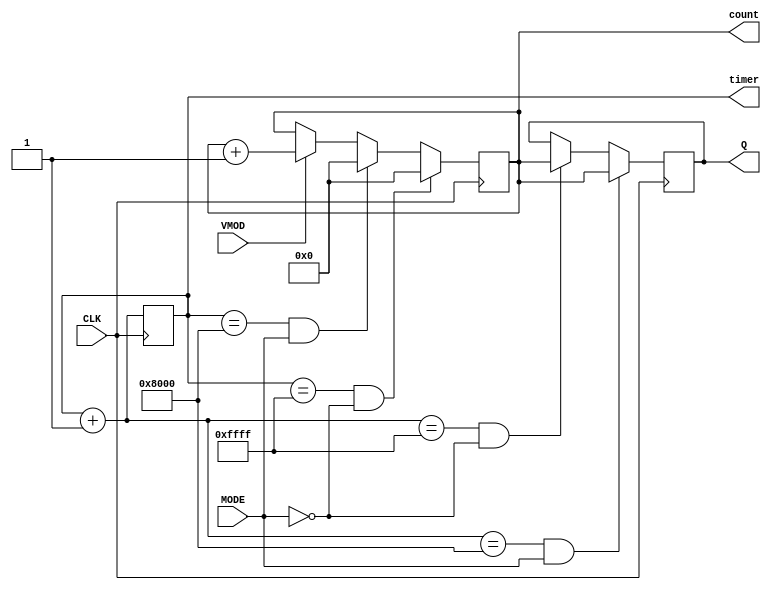
`timescale 1ns / 1ps
//////////////////////////////////////////////////////////////////////////////////
// Company: 
// Engineer: 
// 
// Design Name: 
// Module Name:    decimator16bit 
// Project Name: 
// Target Devices: 
// Tool versions: 
// Description: 
//
// Dependencies: 
//
// Revision: 
// Revision 0.01 - File Created
// Additional Comments: 
//
//////////////////////////////////////////////////////////////////////////////////
module decimator16bit(CLK, VMOD, MODE, Q, timer, count);
input CLK, VMOD, MODE;
output reg [15:0]Q=1'b0;
output reg[15:0] count=1'b0, timer=1'b0;
always @(posedge CLK)
begin
timer = timer + 1'b1;
if(timer == 16'hffff && MODE == 1'b0)
Q <= count;
if(timer == 16'h8000 && MODE == 1'b1)
Q <= count;
end
always @(negedge CLK)
begin
if (timer == 16'hffff && MODE == 1'b0)
count = 16'h0000;
else if(timer == 16'h8000 && MODE == 1'b1)
count = 16'h0000;
else if(VMOD)
count = count + 1'b1;
end
endmodule